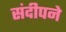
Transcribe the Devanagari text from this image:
संदीपने